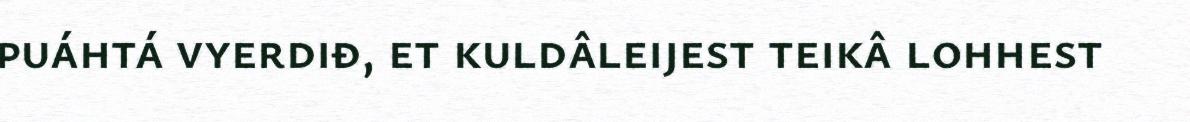
puáhtá vyerdiđ, et kuldâleijest teikâ lohhest